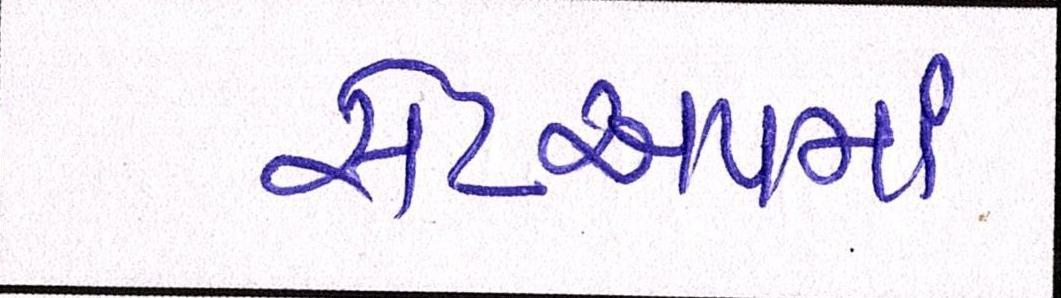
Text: સેટઅપમાં